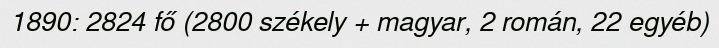
1890: 2824 fő (2800 székely + magyar, 2 román, 22 egyéb)